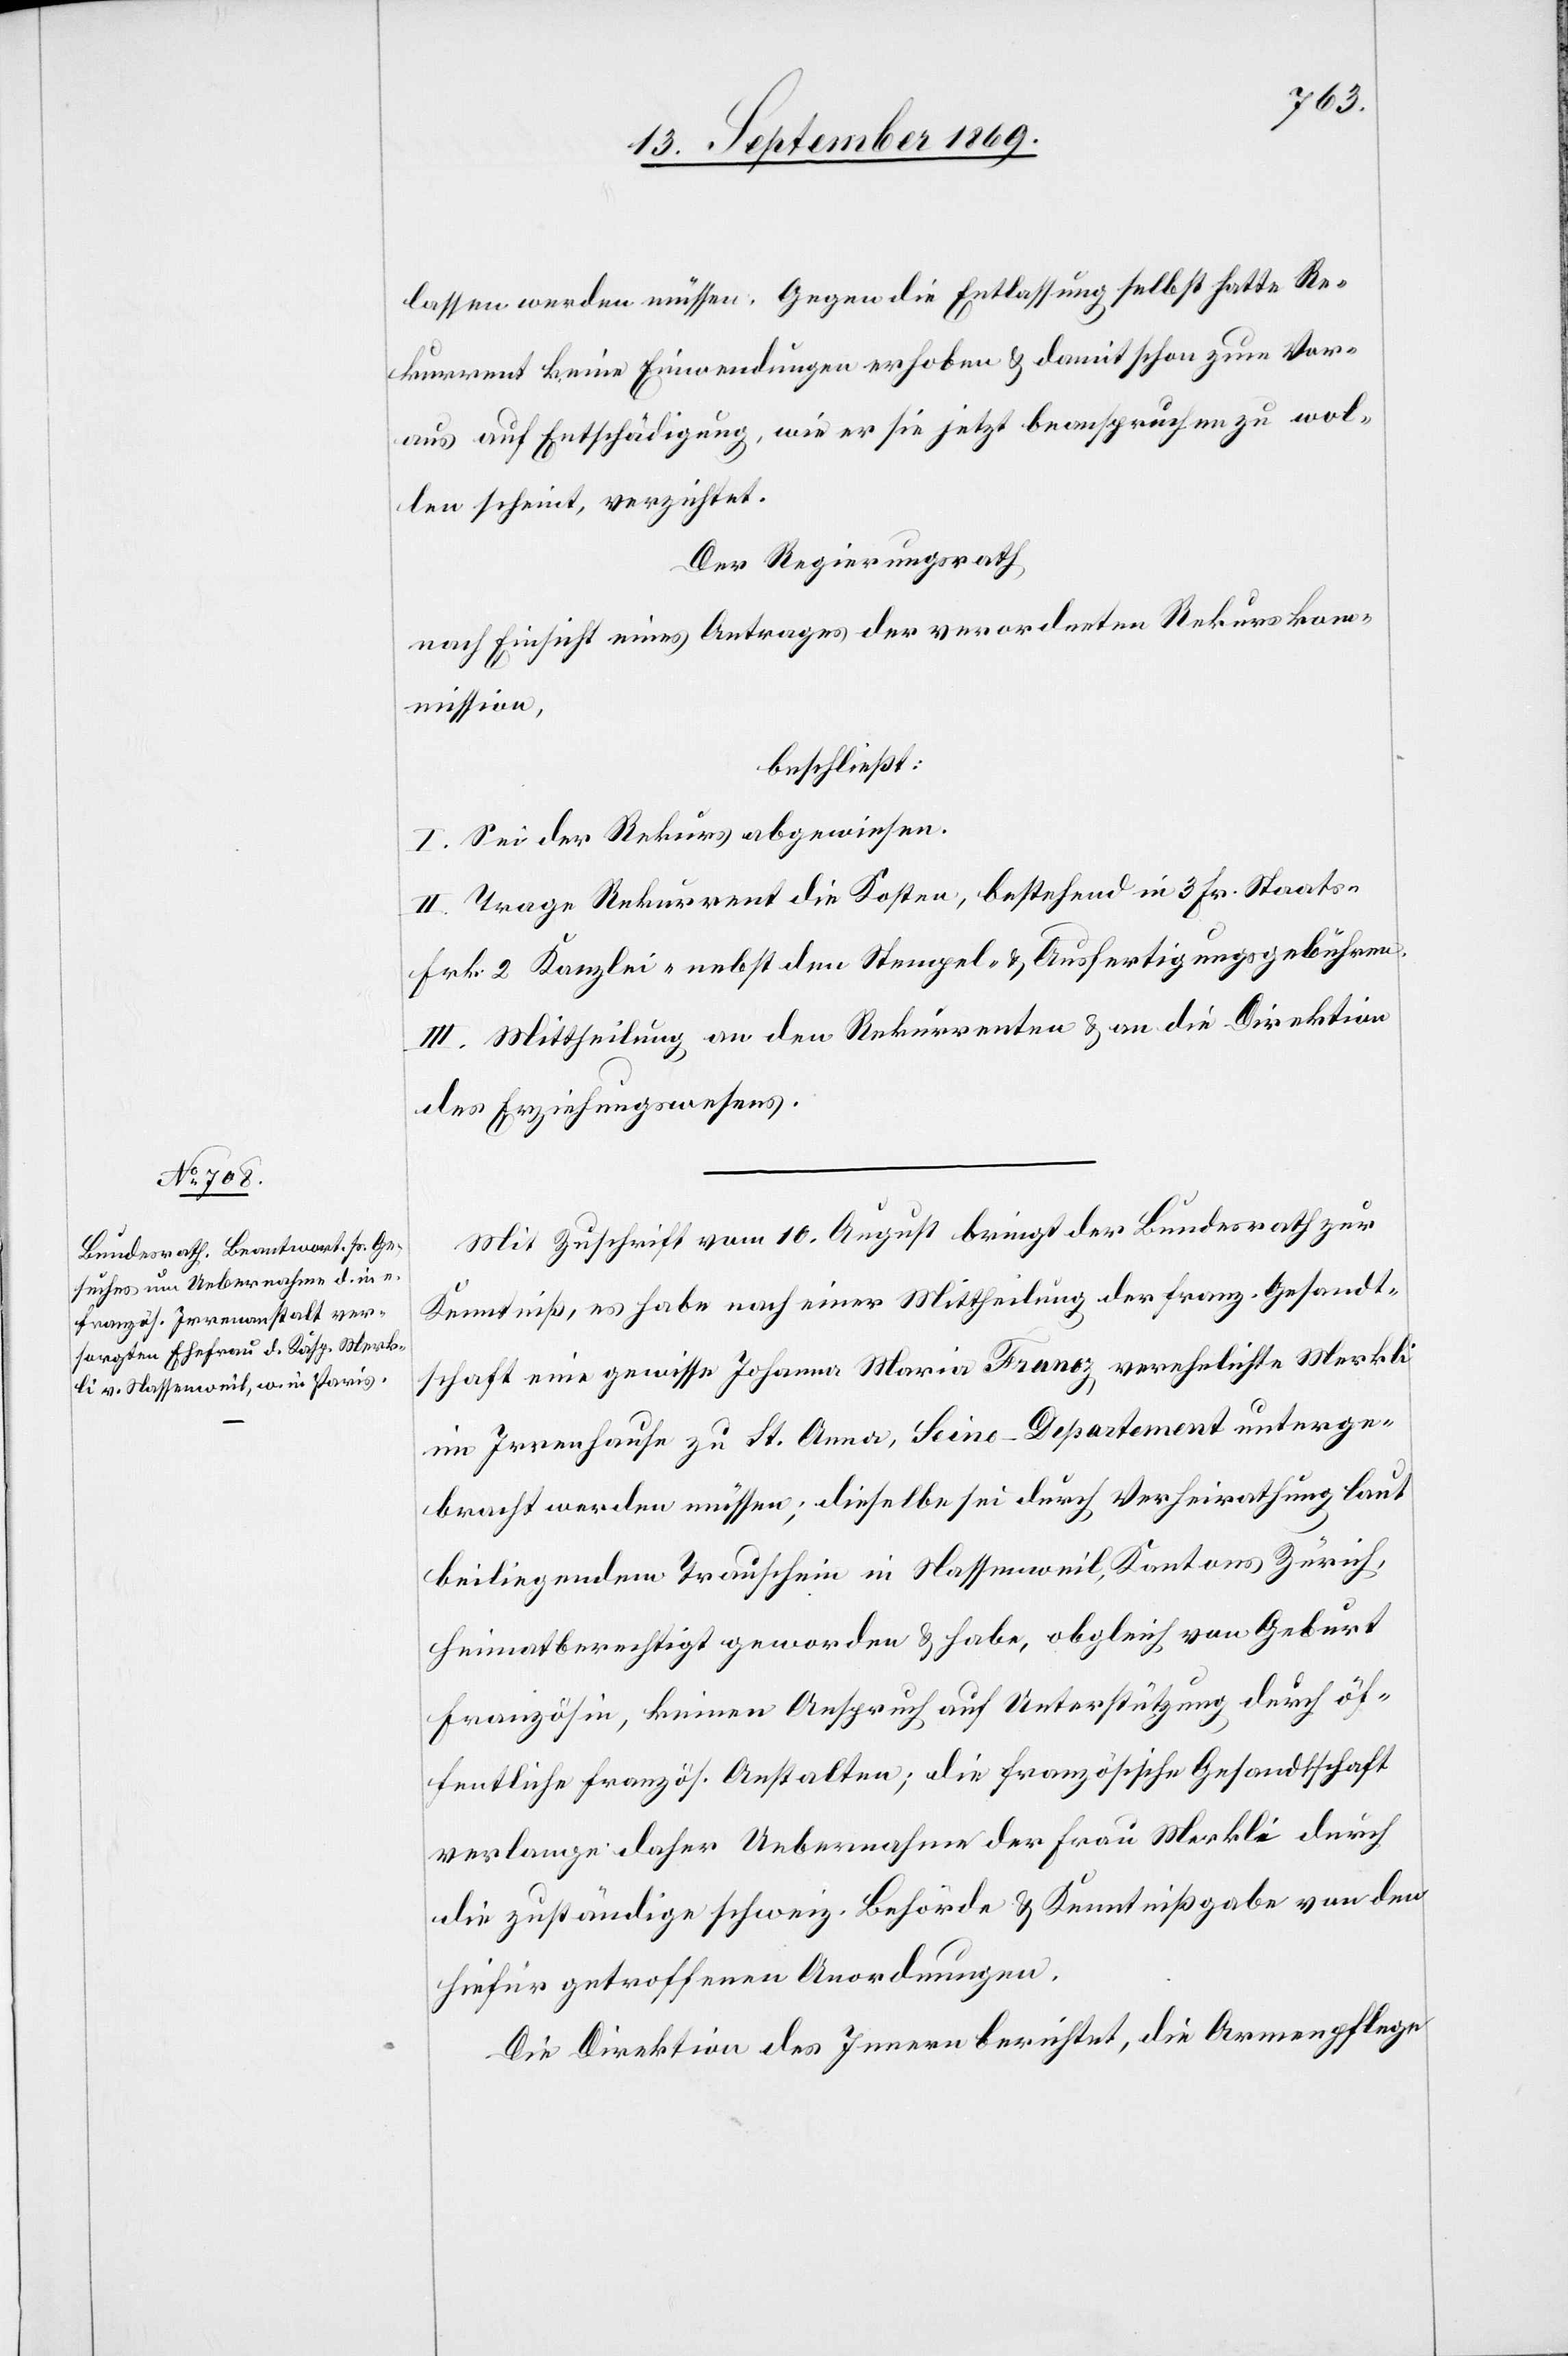
lassen werden müssen. Gegen die Entlassung selbst hatte Re¬
kurrent keine Einwendungen erhoben & damit schon zum Vor¬
aus auf Entschädigung, wie er sie jetzt beanspruchen zu wol¬
len scheint, verzichtet.
Der Regierungsrath
nach Einsicht eines Antrages der verordneten Rekurskom¬
mission,
beschließt:
I. Sei der Rekurs abgewiesen.
II. Trage Rekurrent die Kosten, bestehend in 3 Fr. Staats-
Frk. 2 Kanzlei- nebst den Stempel- & Ausfertigungsgebühren.
III. Mittheilung an den Rekurrenten & an die Direktion
des Erziehungswesens.
Mit Zuschrift vom 10. August bringt der Bundesrath zur
Kenntniß, es habe nach einer Mittheilung der franz. Gesandt¬
schaft eine gewisse Johanna Maria Franoz, verehelichte Merkli
im Irrenhause zu St. Anna, Seine-Departement unterge¬
bracht werden müssen; dieselbe sei durch Verheirathung laut
beiliegendem Trauschein in Nassenweil, Kantons Zürich,
heimatberechtigt geworden & habe, obgleich von Geburt
Französin, keinen Anspruch auf Unterstützung durch öf¬
fentliche französ. Anstalten; die französische Gesandtschaft
verlange daher Uebernahme der Frau Merkli durch
die zuständige schweiz. Behörde & Kenntnißgabe von den
hiefür getroffenen Anordnungen.
Die Direktion des Innern berichtet, die Armenpflege